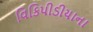
વિકિપીડીયાના